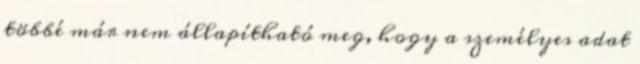
többé már nem állapítható meg, hogy a személyes adat